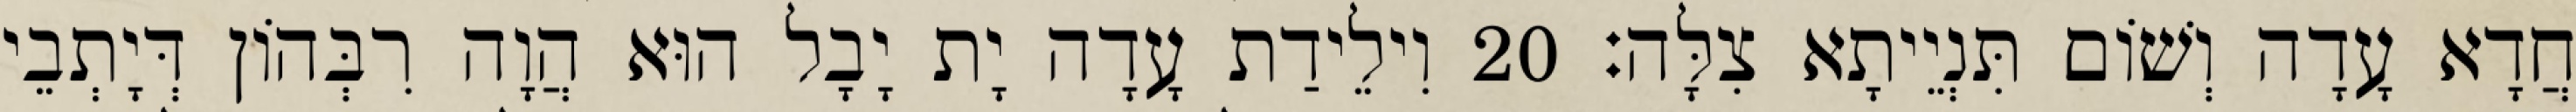
חֲדָא עָדָה וְשׁוֹם תִּנְיֵיתָא צִלָּה׃ 20 וִילֵידַת עָדָה יָת יָבָל הוּא הֲוָה רִבְּהוֹן דְּיָתְבֵי